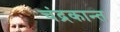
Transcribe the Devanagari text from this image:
चंद्रकान्त